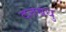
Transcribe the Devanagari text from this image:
दत्तबंधु